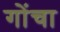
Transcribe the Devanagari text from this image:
गोंचा